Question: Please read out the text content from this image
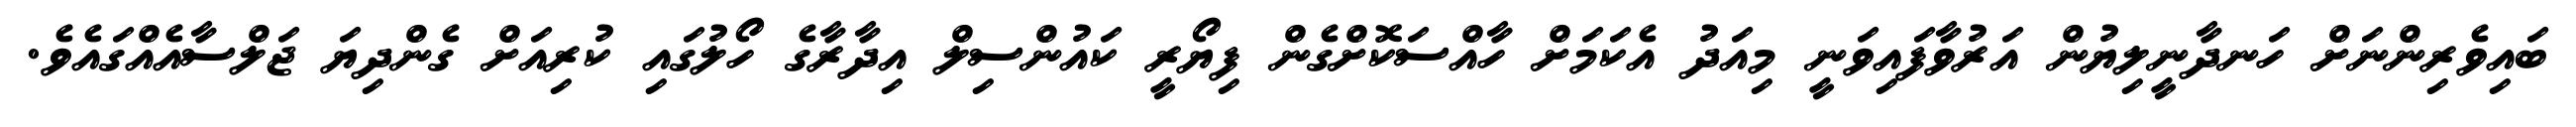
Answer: ބައިވެރިންނަށް ހަނދާނީލިޔުން އަރުވާފައިވަނީ މިއަދު އެކަމަށް ހާއްސަކޮށްގެން ފިޔޯރީ ކައުންސިލް އިދާރާގެ ހޯލުގައި ކުރިއަށް ގެންދިޔަ ޖަލްސާއެއްގައެވެ.